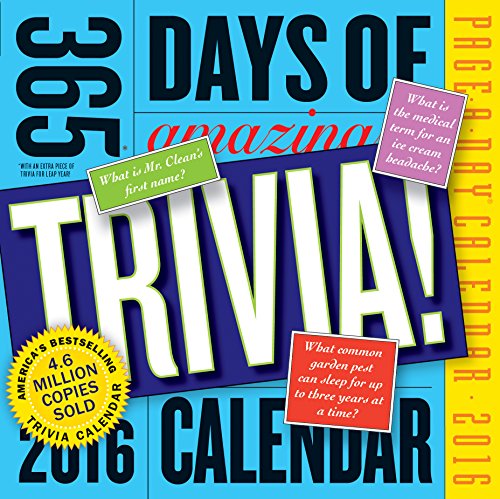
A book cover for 365 Days of Amazing Trivia! Page-A-Day Calendar 2016; Workman Publishing; Calendars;